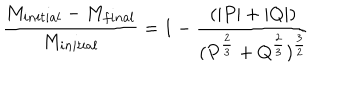
{ \frac { M _ { i n i t i a l } - M _ { f i n a l } } { M _ { i n i t i a l } } } = 1 - { \frac { ( | P | + | Q | ) } { ( P ^ { \frac { 2 } { 3 } } + Q ^ { \frac { 2 } { 3 } } ) ^ { \frac { 3 } { 2 } } } }